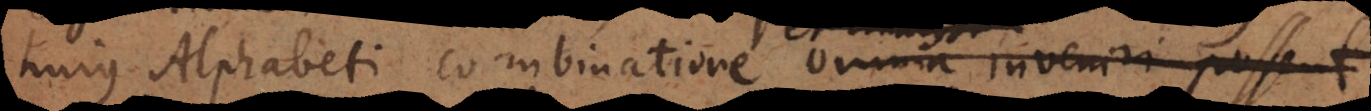
hujus Alphabeti combinatione omnia inveniri possent